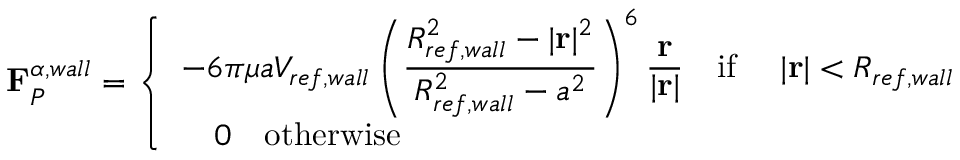
\mathbf { F } _ { P } ^ { \alpha , w a l l } = \left\{ \begin{array} { l l } { \displaystyle - 6 \pi \mu a V _ { r e f , w a l l } \left( \frac { R _ { r e f , w a l l } ^ { 2 } - | \mathbf { r } | ^ { 2 } } { R _ { r e f , w a l l } ^ { 2 } - a ^ { 2 } } \right) ^ { 6 } \frac { \mathbf { r } } { | \mathbf { r } | } \quad \mathrm { i f \ } \quad | \mathbf { r } | < R _ { r e f , w a l l } } \\ { \displaystyle \quad 0 \quad \mathrm { o t h e r w i s e \ } } \end{array} \right.